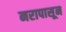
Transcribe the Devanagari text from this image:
नरापासून